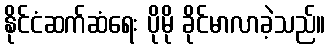
နိုင်ငံဆက်ဆံရေး ပိုမို ခိုင်မာလာခဲ့သည်။